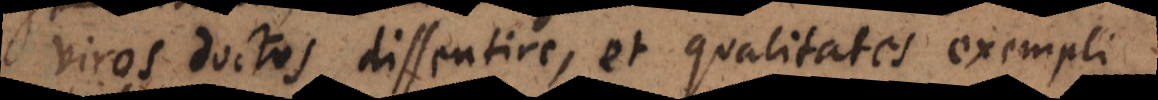
viros doctos dissentire, et qualitates exempli